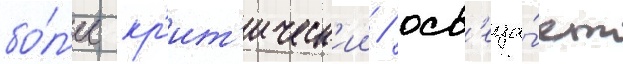
бо́л'ее кр'ит'ическ'ии / осв'еща́ет